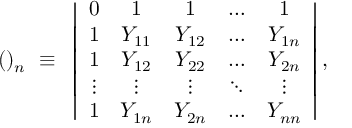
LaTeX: ( ) _ { n } ~ \equiv ~ \left| \begin{array} { c c c c c } { { 0 } } & { { 1 } } & { { 1 } } & { { \ldots } } & { { 1 } } \\ { { 1 } } & { { Y _ { 1 1 } } } & { { Y _ { 1 2 } } } & { { \ldots } } & { { Y _ { 1 n } } } \\ { { 1 } } & { { Y _ { 1 2 } } } & { { Y _ { 2 2 } } } & { { \ldots } } & { { Y _ { 2 n } } } \\ { { \vdots } } & { { \vdots } } & { { \vdots } } & { { \ddots } } & { { \vdots } } \\ { { 1 } } & { { Y _ { 1 n } } } & { { Y _ { 2 n } } } & { { \ldots } } & { { Y _ { n n } } } \end{array} \right| ,